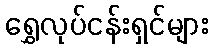
ရွှေလုပ်ငန်းရှင်များ